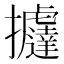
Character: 𢺂